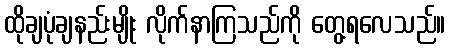
ထိုချပုံချနည်းမျိုး လိုက်နာကြသည်ကို တွေ့ရလေသည်။